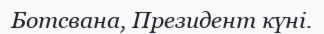
Ботсвана, Президент күні.